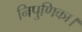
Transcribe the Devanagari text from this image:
निपुणिका।